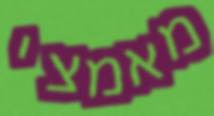
מאמצי